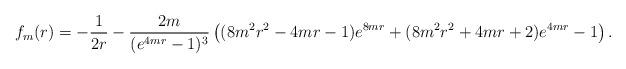
LaTeX: \begin{align*}f_m(r)=-\frac{1}{2r} - \frac{2m}{(e^{4mr} -1)^3} \left( (8m^2r^2-4mr-1)e^{8mr}+(8m^2r^2 + 4mr +2)e^{4mr} -1\right).\end{align*}